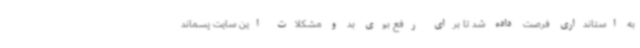
به استانداری فرصت داده شد تا برای رفع بوی بد و مشکلات این سایت پسماند